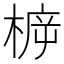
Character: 𣔳